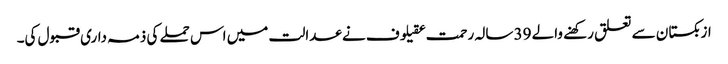
ازبکستان سے تعلق رکھنے والے 39 سالہ رحمت عقیلوف نے عدالت میں اس حملے کی ذمہ داری قبول کی۔